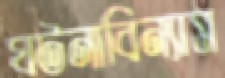
ঘটনাবিন্যাস